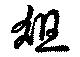
爼